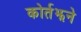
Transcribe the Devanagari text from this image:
कोर्तझने